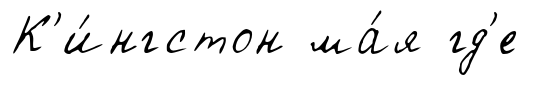
К'и́нгстон ма́я гд'е